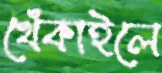
খেঁকাইলে